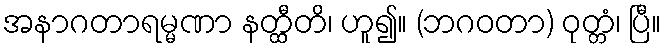
အနာဂတာရမ္မဏာ နတ္ထီတိ၊ ဟူ၍။ (ဘဂဝတာ) ဝုတ္တံ၊ ပြီ။